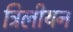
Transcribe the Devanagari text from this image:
ट्रिलीयन